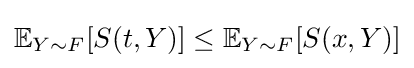
\mathbb {E} _{Y\sim F}[S(t,Y)]\leq \mathbb {E} _{Y\sim F}[S(x,Y)]